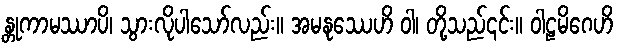
န္တုကာမဿာပိ၊ သွားလိုပါသော်လည်း။ အမနုဿေဟိ ဝါ၊ တို့သည်၎င်း။ ဝါဠမိဂေဟိ